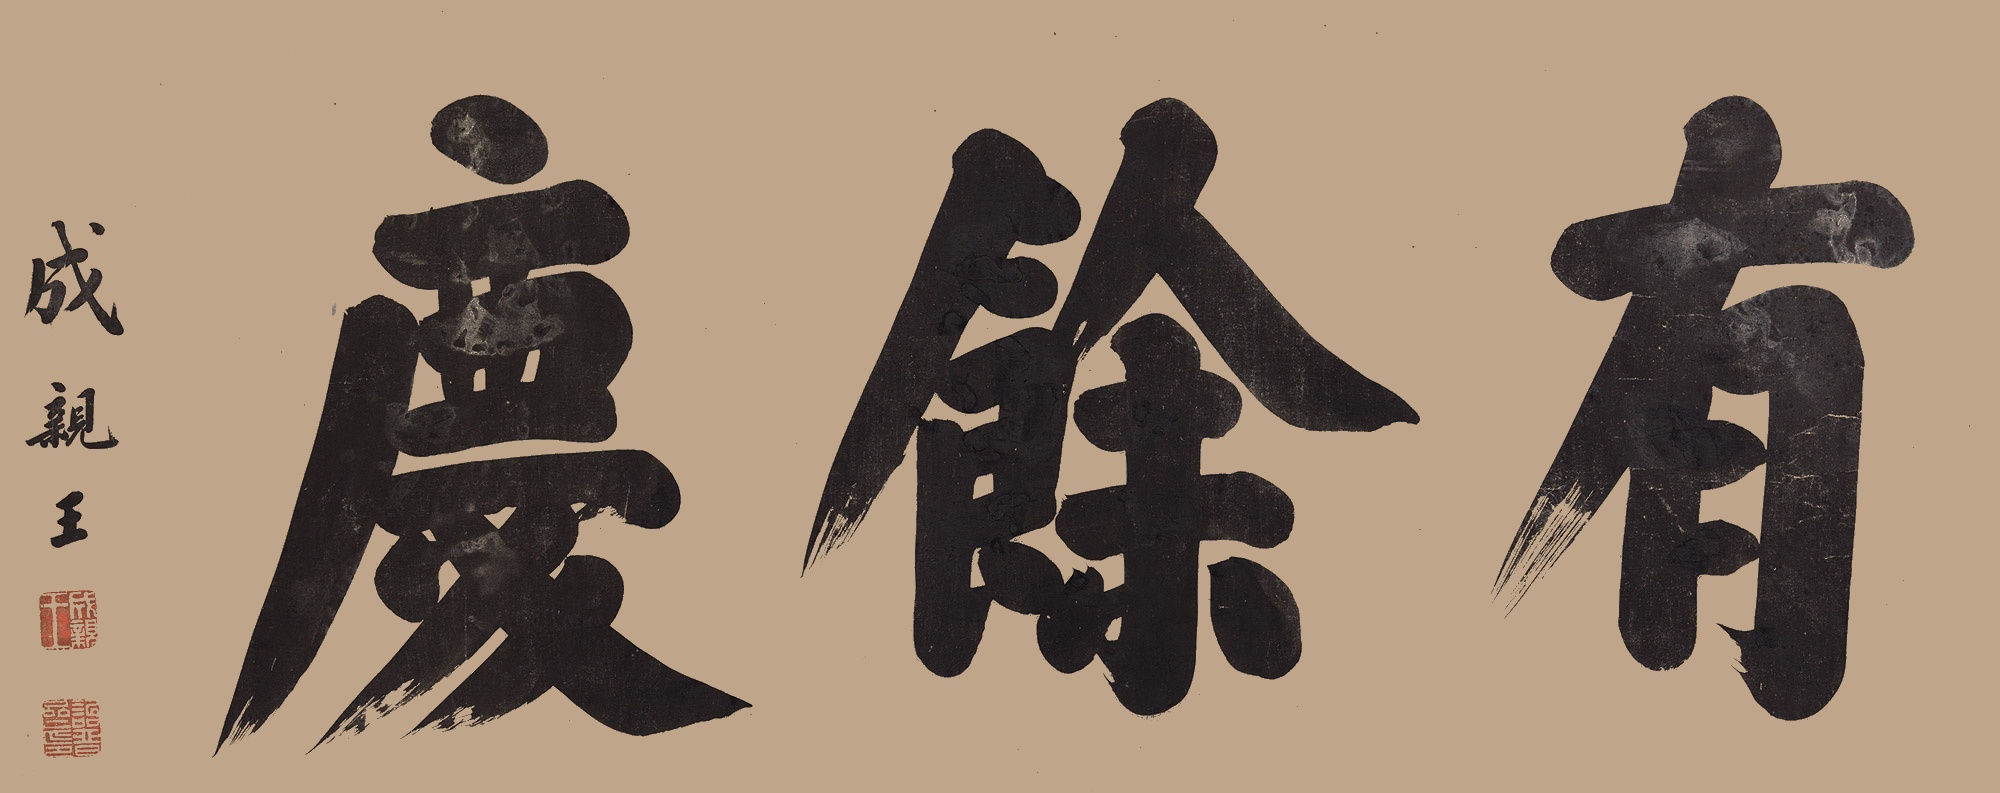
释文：有余庆。成亲王。